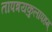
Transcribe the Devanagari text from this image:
तापत्रयकुलापहम्